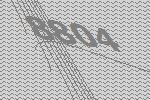
8804